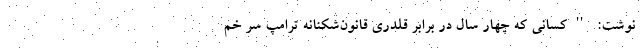
نوشت: ''کسانی که چهار سال در برابر قلدری قانون‌شکنانه ترامپ سر خم